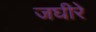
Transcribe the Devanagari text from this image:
जघीरे